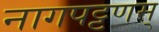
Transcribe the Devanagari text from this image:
नागपट्टणम्